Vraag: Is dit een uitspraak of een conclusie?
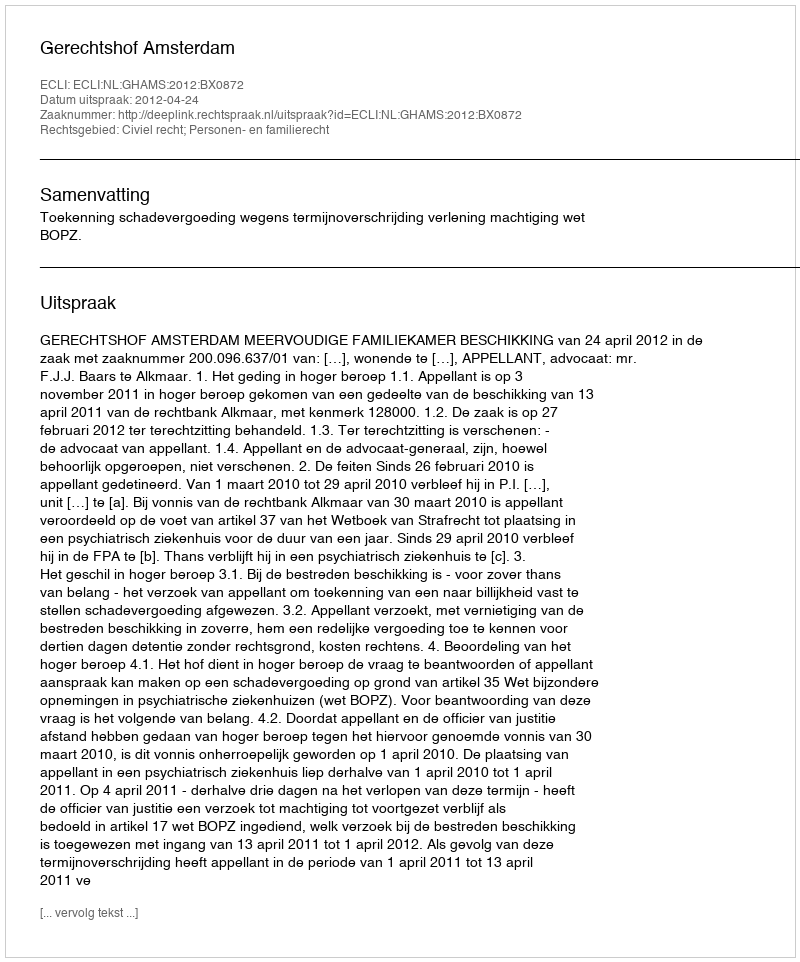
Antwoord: Uitspraak